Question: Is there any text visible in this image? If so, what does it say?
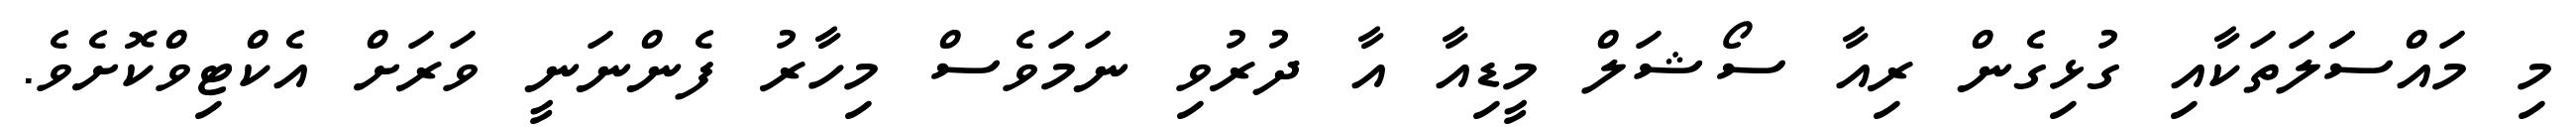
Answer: މި މައްސަަލަތަކާއި ގުޅިގެން ރިއާ ސޯޝަލް މީޑިއާ އާ ދުރުވި ނަމަވެސް މިހާރު ފެންނަނީ ވަރަށް އެކްޓިވްކޮށެވެ.